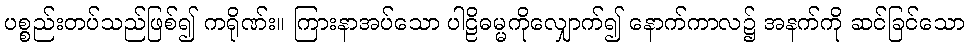
ပစ္စည်းတပ်သည်ဖြစ်၍ ကရိုဏ်း။ ကြားနာအပ်သော ပါဠိဓမ္မကိုလျှောက်၍ နောက်ကာလ၌ အနက်ကို ဆင်ခြင်သော